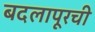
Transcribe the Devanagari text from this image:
बदलापूरची